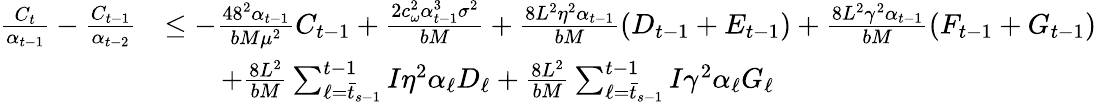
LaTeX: \begin{array}{rl}{\frac{C_{t}}{\alpha_{t-1}}-\frac{C_{t-1}}{\alpha_{t-2}}}&{\leq-\frac{48^{2}\alpha_{t-1}}{bM\mu^{2}}C_{t-1}+\frac{2c_{\omega}^{2}\alpha_{t-1}^{3}\sigma^{2}}{bM}+\frac{8L^{2}\eta^{2}\alpha_{t-1}}{bM}(D_{t-1}+E_{t-1})+\frac{8L^{2}\gamma^{2}\alpha_{t-1}}{bM}(F_{t-1}+G_{t-1})}\\ &{\qquad+\frac{8L^{2}}{bM}\sum_{\ell=\bar{t}_{s-1}}^{t-1}I\eta^{2}\alpha_{\ell}D_{\ell}+\frac{8L^{2}}{bM}\sum_{\ell=\bar{t}_{s-1}}^{t-1}I\gamma^{2}\alpha_{\ell}G_{\ell}}\end{array}